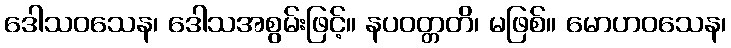
ဒေါသဝသေန၊ ဒေါသအစွမ်းဖြင့်။ နပဝတ္တတိ၊ မဖြစ်။ မောဟဝသေန၊